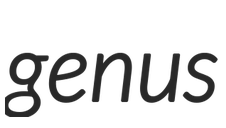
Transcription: genus